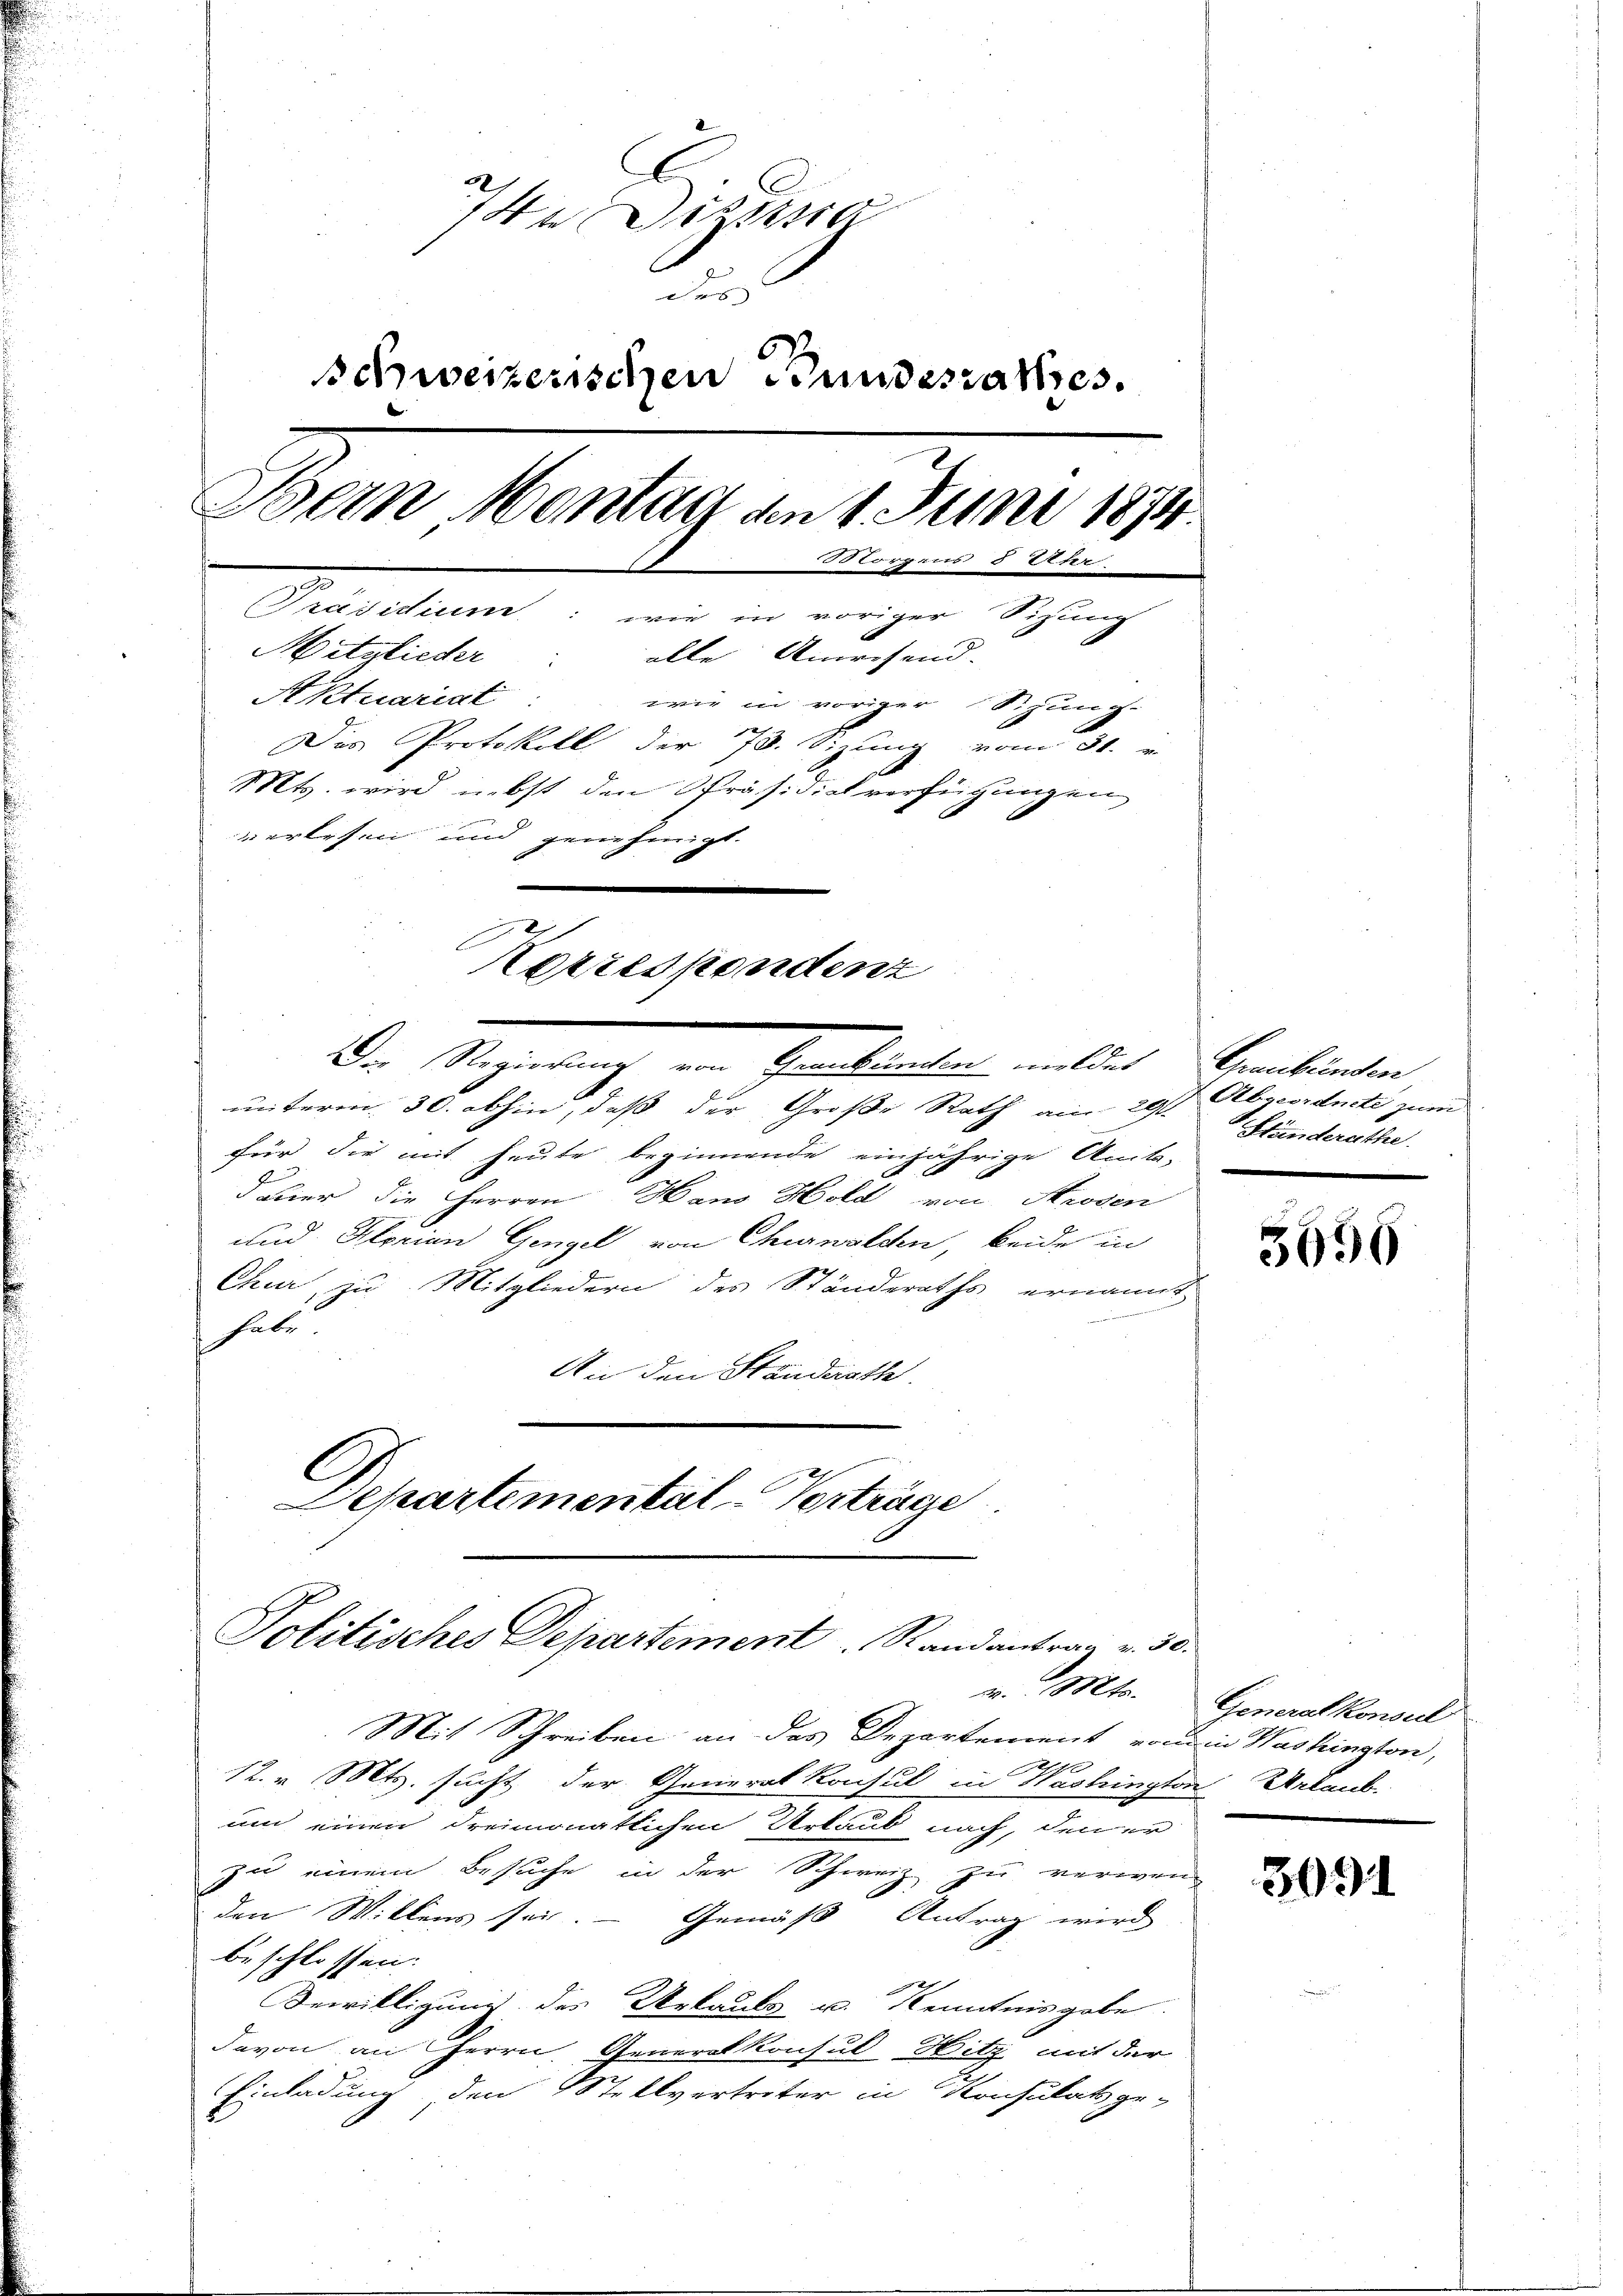
4n Distra
de
schweizerischen Bundesrathes.
Bern Montag an 1. Juni 1874
lorgens § 7.
[Präsidium: wie in voriger Sitzung
Mitglieder: alle Anwesend.
Aktuariat
wie in voriger Sitzung.
n
Das Protokoll der 73. Sizung vom 31.
Mts. wird nebst den Präsidialverfügungen
verlesen und genehmigt.
¬
Korrespondenz
Der Regierung von Sentienten unter

unterm 30. abhin, daß der Große Rath am 29. Stunderathe
für die mit heute beginnende einjährige Anik-
aier die Herren Hans Hold von Aroden
und Florian Gengel von Churwalden, beide in
Chur, zu Mitgliedern des Ständeraths ernannt,
e
habe.
An den Standerath
C
Departemental-Vortrage

Politisches Departement. Randantrau v. 3.
v. Mts.

Mit Schreiben an das Departement von in Washington,

12. v. Mts. sucht der General Konsul in Washington Urlaub.
um einen dreimonatlichen Urlaub nach, den er
zu einem Besuche in der Schweiz zu verwenden Willens sei. — Gemäß Antrag wird
beschlossen:
Bewilligung des Urlaula u. Kenntnisgabe
davon an Herrn Generalkonsul Hitz mit der
Einladung den Stellvertriter in Konsulats ge-

Graubünden
Abgeordnete zum

5556

Generalkonsul

3091